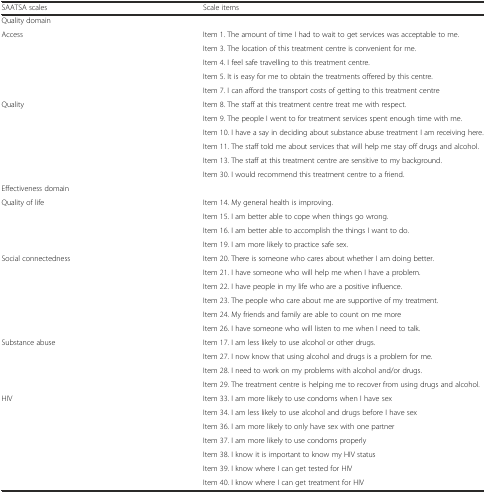
| SAATSA scales | Scale items |
 | --- | --- |
 | <COLSPAN=2> Quality domain |
 | <ROWSPAN=5> Access | Item 1. The amount of time I had to wait to get services was acceptable to me. |
 | Item 3. The location of this treatment centre is convenient for me. |
 | Item 4. I feel safe travelling to this treatment centre. |
 | Item 5. It is easy for me to obtain the treatments offered by this centre. |
 | Item 7. I can afford the transport costs of getting to this treatment centre |
 | <ROWSPAN=6> Quality | Item 8. The staff at this treatment centre treat me with respect. |
 | Item 9. The people I went to for treatment services spent enough time with me. |
 | Item 10. I have a say in deciding about substance abuse treatment I am receiving here. |
 | Item 11. The staff told me about services that will help me stay off drugs and alcohol. |
 | Item 13. The staff at this treatment centre are sensitive to my background. |
 | Item 30. I would recommend this treatment centre to a friend. |
 | <COLSPAN=2> Effectiveness domain |
 | <ROWSPAN=4> Quality of life | Item 14. My general health is improving. |
 | Item 15. I am better able to cope when things go wrong. |
 | Item 16. I am better able to accomplish the things I want to do. |
 | Item 19. I am more likely to practice safe sex. |
 | <ROWSPAN=6> Social connectedness | Item 20. There is someone who cares about whether I am doing better. |
 | Item 21. I have someone who will help me when I have a problem. |
 | Item 22. I have people in my life who are a positive influence. |
 | Item 23. The people who care about me are supportive of my treatment. |
 | Item 24. My friends and family are able to count on me more |
 | Item 26. I have someone who will listen to me when I need to talk. |
 | <ROWSPAN=4> Substance abuse | Item 17. I am less likely to use alcohol or other drugs. |
 | Item 27. I now know that using alcohol and drugs is a problem for me. |
 | Item 28. I need to work on my problems with alcohol and/or drugs. |
 | Item 29. The treatment centre is helping me to recover from using drugs and alcohol. |
 | <ROWSPAN=7> HIV | Item 33. I am more likely to use condoms when I have sex |
 | Item 34. I am less likely to use alcohol and drugs before I have sex |
 | Item 36. I am more likely to only have sex with one partner |
 | Item 37. I am more likely to use condoms properly |
 | Item 38. I know it is important to know my HIV status |
 | Item 39. I know where I can get tested for HIV |
 | Item 40. I know where I can get treatment for HIV |